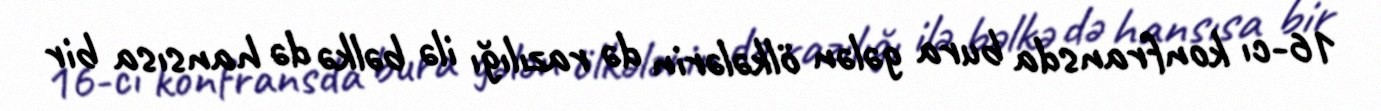
16-cı konfransda bura gələn ölkələrin də razılığı ilə bəlkə də hansısa bir